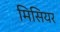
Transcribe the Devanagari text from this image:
मिसियर